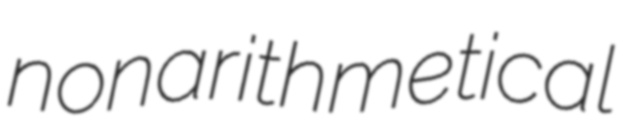
nonarithmetical